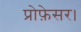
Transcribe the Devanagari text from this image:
प्रोफ़ेसर।